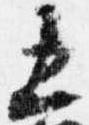
五